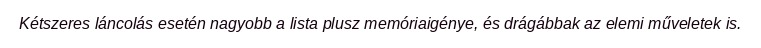
Kétszeres láncolás esetén nagyobb a lista plusz memóriaigénye, és drágábbak az elemi műveletek is.